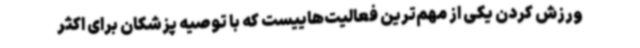
ورزش کردن یکی از مهم‌ترین فعالیت‌هاییست که با توصیه پزشکان برای اکثر